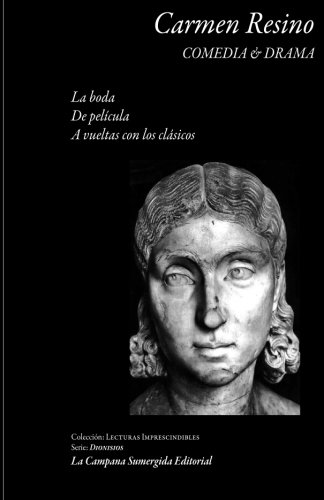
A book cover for Comedia & Drama (Dionisios) (Volume 1) (Spanish Edition); Carmen Resino; Literature & Fiction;